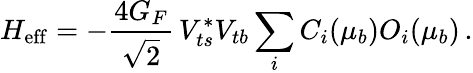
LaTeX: H_{\mathrm{eff}}=-\frac{4G_{F}}{\sqrt 2}\, V_{ts}^{*}V_{tb}\sum_{i}C_{i}(\mu_{b})O_{i}(\mu_{b})\, .